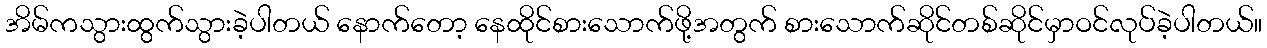
အိမ်ကသွားထွက်သွားခဲ့ပါတယ် နောက်တော့ နေထိုင်စားသောက်ဖို့အတွက် စားသောက်ဆိုင်တစ်ဆိုင်မှာဝင်လုပ်ခဲ့ပါတယ်။